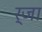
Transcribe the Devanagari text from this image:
र्जा